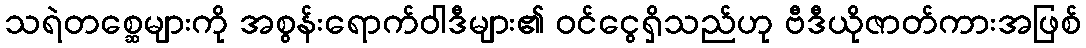
သရဲတစ္ဆေများကို အစွန်းရောက်ဝါဒီများ၏ ဝင်ငွေရှိသည်ဟု ဗီဒီယိုဇာတ်ကားအဖြစ်